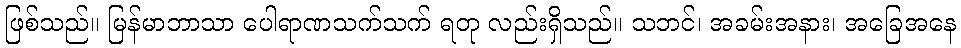
ဖြစ်သည်။ မြန်မာဘာသာ ပေါရာဏသက်သက် ရတု လည်းရှိသည်။ သဘင်၊ အခမ်းအနား၊ အခြေအနေ